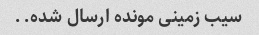
سیب زمینی مونده ارسال شده..